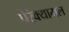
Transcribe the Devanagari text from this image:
पेरंक्यामल